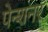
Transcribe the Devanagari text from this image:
पेन्शनर